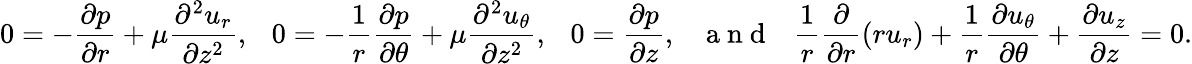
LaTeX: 0=-\frac{\partial p}{\partial r}+\mu\frac{\partial^{2}u_{r}}{\partial{z}^{2}},~~~0=-\frac{1}{r}\frac{\partial p}{\partial\theta}+\mu\frac{\partial^{2}u_{\theta}}{\partial{z}^{2}},~~~0=\frac{\partial p}{\partial z},~~~\mathrm{~a~n~d~}~~~\frac{1}{r}\frac{\partial}{\partial r}\left(ru_{r}\right)+\frac{1}{r}\frac{\partial u_{\theta}}{\partial\theta}+\frac{\partial u_{z}}{\partial z}=0.